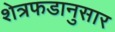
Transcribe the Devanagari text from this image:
शेत्रफडानुसार